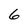
Character: 6